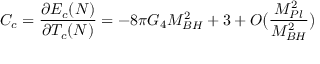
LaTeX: C _ { c } = \frac { \partial E _ { c } ( N ) } { \partial T _ { c } ( N ) } = - 8 \pi G _ { 4 } M _ { B H } ^ { 2 } + 3 + { \cal O } \big ( \frac { M _ { P l } ^ { 2 } } { M _ { B H } ^ { 2 } } \big )